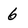
Character: 6